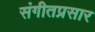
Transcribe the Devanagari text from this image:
संगीतप्रसार